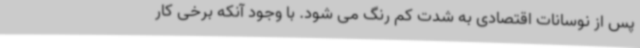
پس از نوسانات اقتصادی به شدت کم رنگ می شود. با وجود آنکه برخی کار